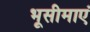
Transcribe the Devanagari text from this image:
भूसीमाएं